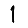
Digit: 1